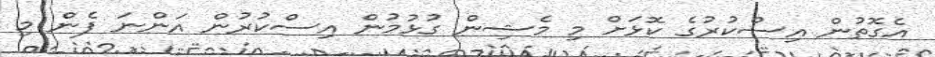
އެގޮތުން އިސްކުރުގެ ކޮޅަށް މި މެޝިން ގުޅުމުން އިސްކުރުން އަންނަ ފެން މި